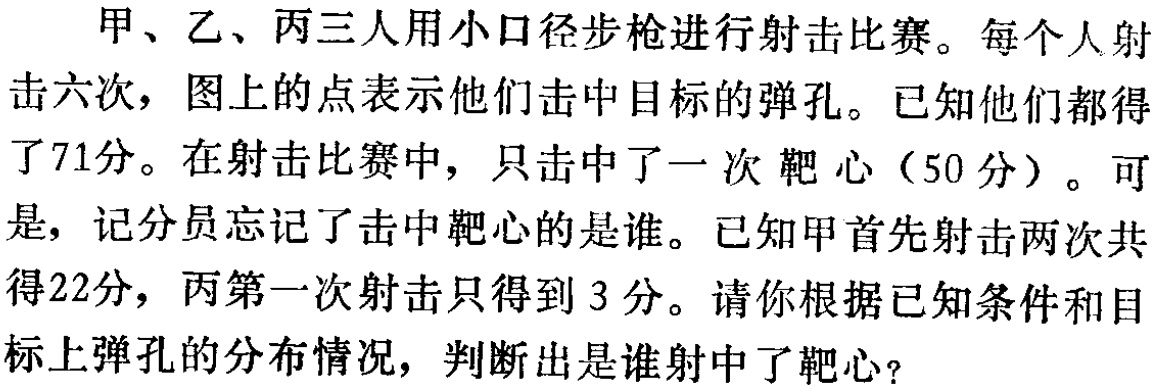
甲、乙、丙三人用小口径步枪进行射击比赛。每个人射击六次，图上的点表示他们击中目标的弹孔。已知他们都得了71分。在射击比赛中，只击中了一次靶心（50分）。可是，记分员忘记了击中靶心的是谁。已知甲首先射击两次共得22分，丙第一次射击只得到3分。请你根据已知条件和目标上弹孔的分布情况，判断出是谁射中了靶心？